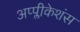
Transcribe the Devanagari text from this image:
अप्प्लीकेशंस